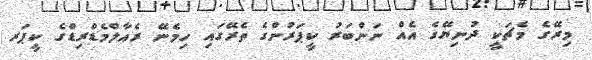
މިރޭގެ މެޗަކީ ދުނިޔޭގެ އެއް ނަންބަރު ކީޕަރުންގެ ތެރޭގައި ހިމެނޭ ރެއާލްމެޑްރިޑްގެ ކީޕަރ